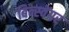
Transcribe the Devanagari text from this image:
बिन्स्वेंगर